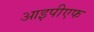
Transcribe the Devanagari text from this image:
आइपीएफ